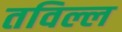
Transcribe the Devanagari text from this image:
तविल्ल